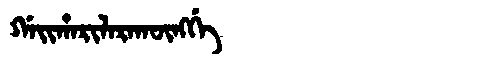
Manchu: ᡤᠠᡳᡥᠠᡵᡳᠯᠠᡵᠠᡴᡡᠩᡤᡝ
Romanization: GAIHARILARAKŪNGGE